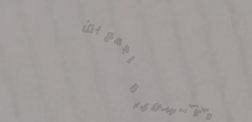
مركز تجاري كبير يجمع بين